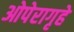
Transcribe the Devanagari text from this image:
ओपेरागृहे